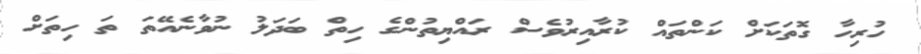
ހުރިހާ ގޮތަކަށް ކަންތައް ކުރާއިރުވެސް ރައްޔިތުންގެ ހިތް ބަދަލު ނުވާނެއޭތަ ތަ ހިތަށް